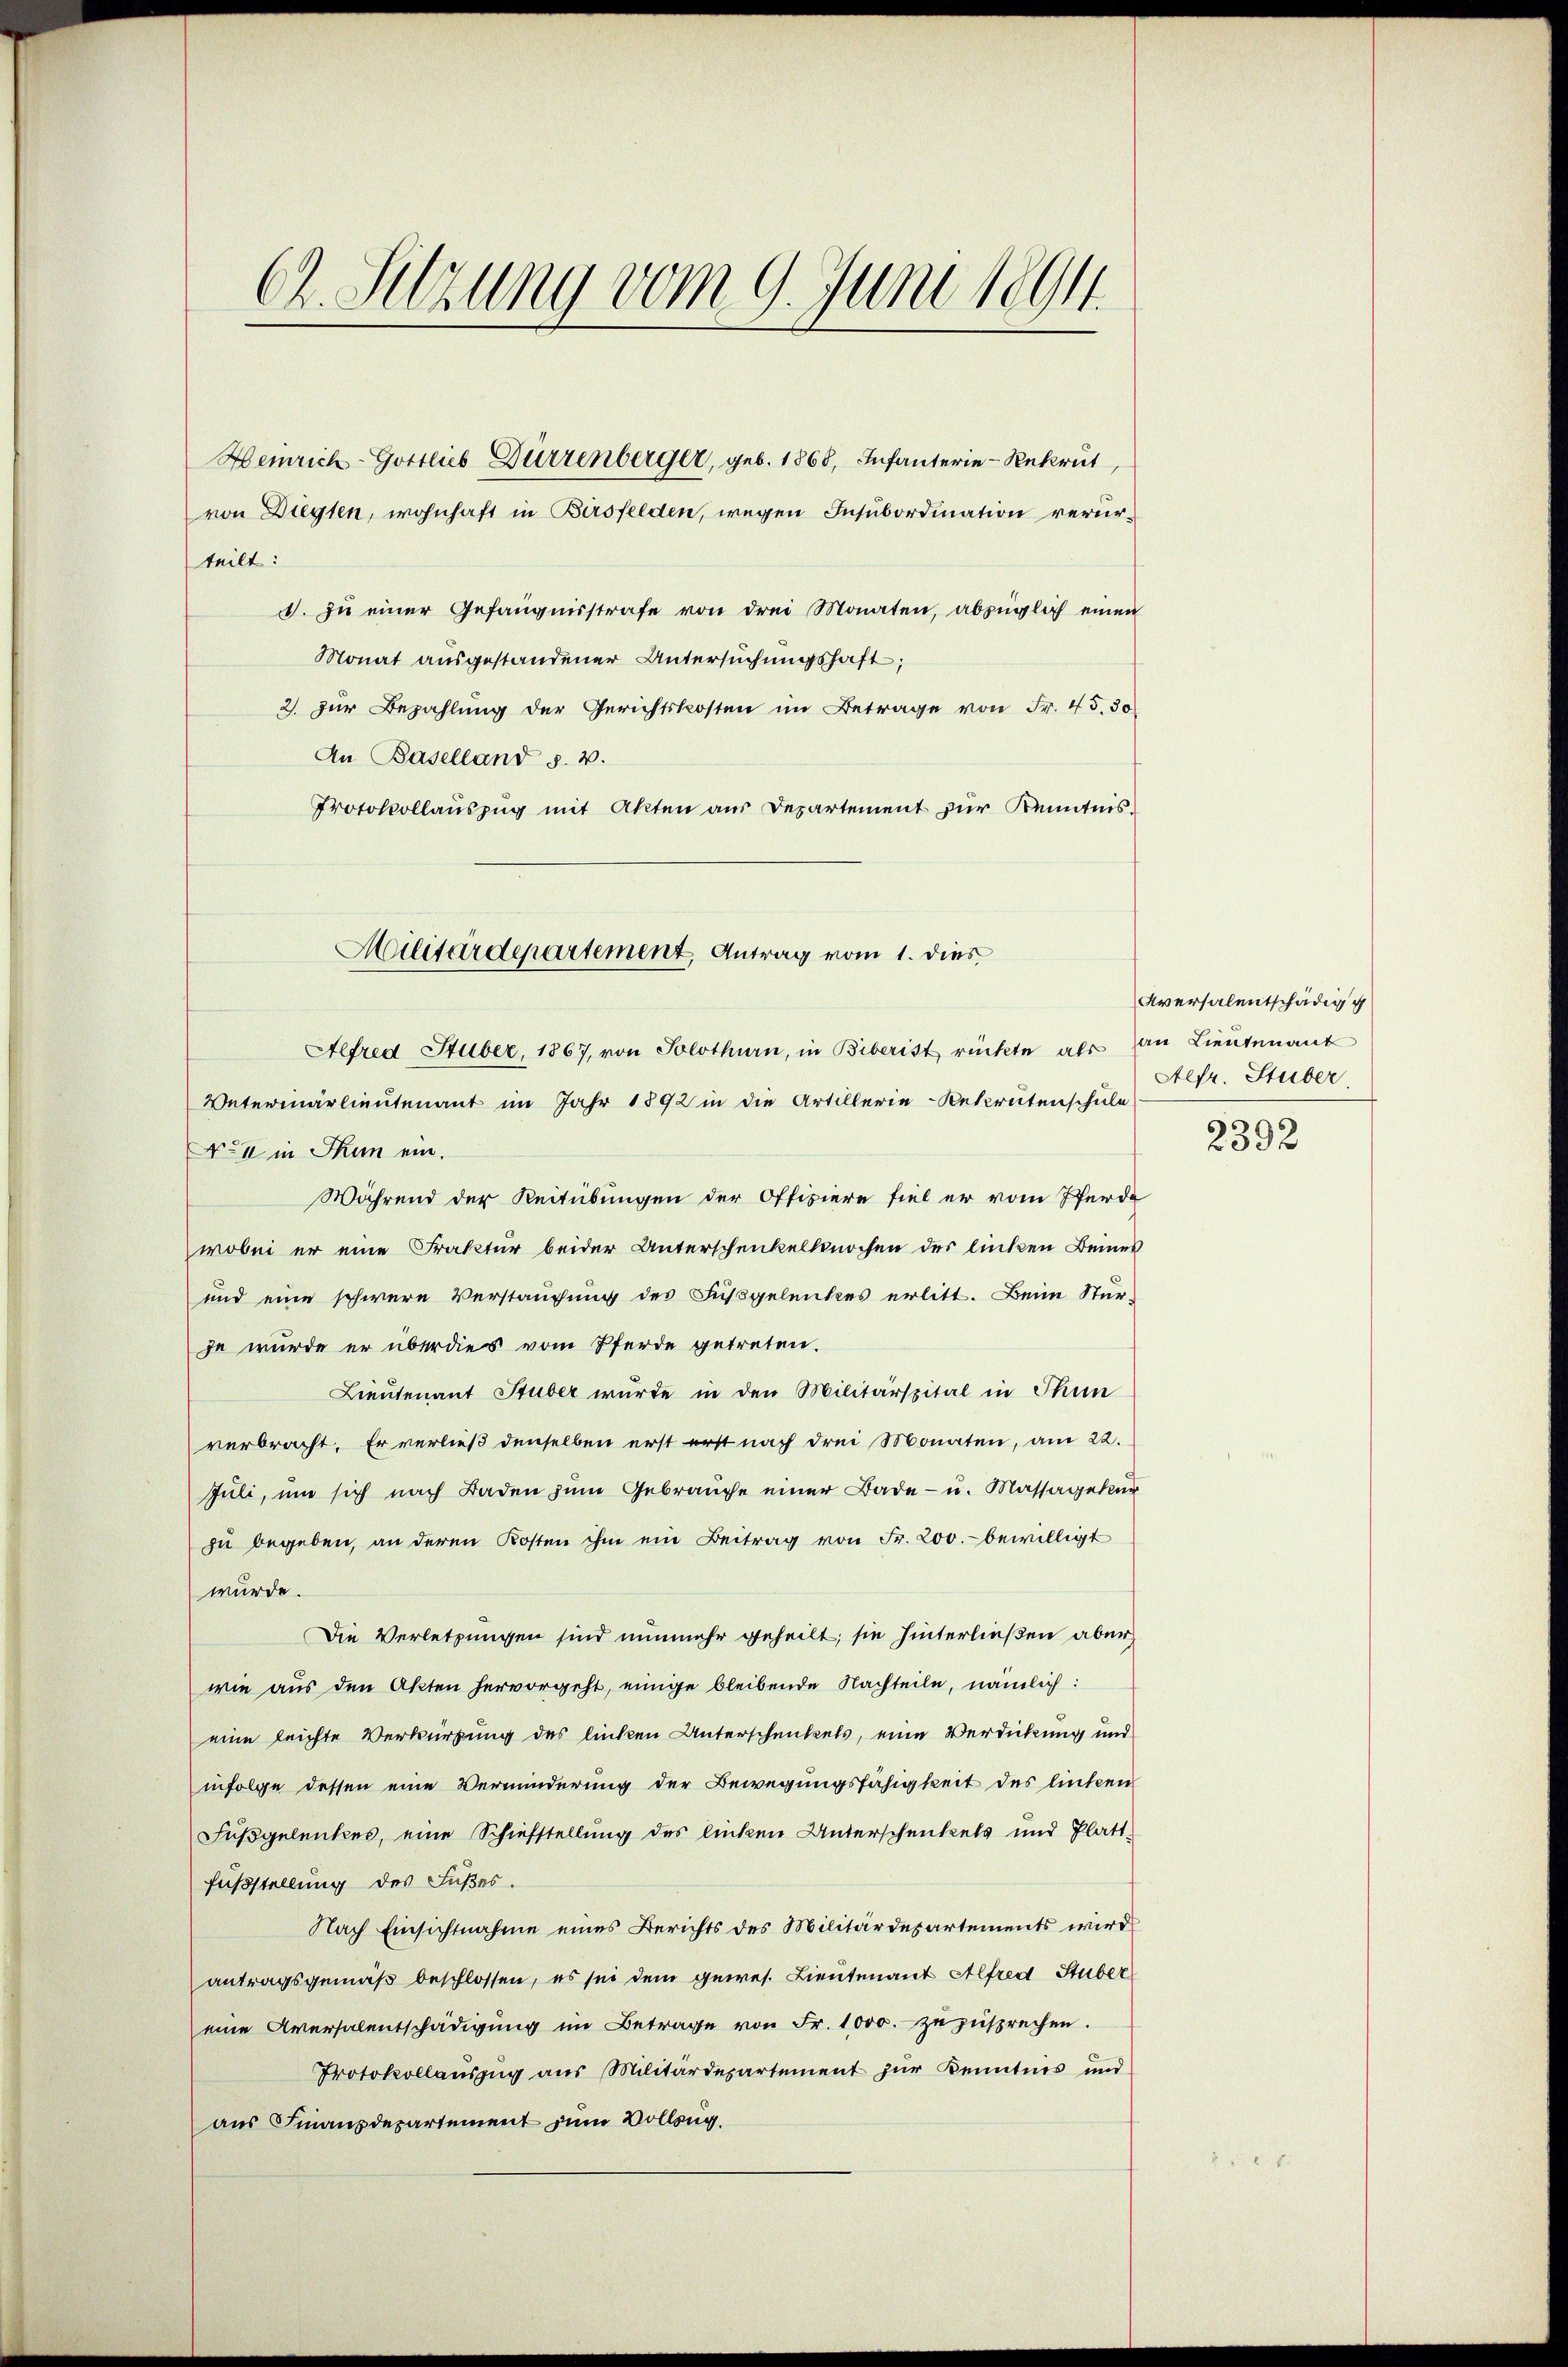
62. Sitzung vom 9. Juni 1894

von Diegten, wohnhaft in Bersfelden, wegen Insubordination verur¬
. zŭ einer Gefängnisstrafe von drei Monaten, abzüglich einen
Monat ausgestandener Untersuchungshaft;
2. Zur Bezahlung der Gerichtskosten im Betrage von Fr. 45. 30
An Baselland §. 2.
Protokollauszug mit Akten aus Departement zur Kenntnis¬
Unterinärlieutenant im Jahr 1892 in die Artillerie-Rekrutenschule
No 1 in Thun ein.
Während der Reitübungen der Offiziere fiel er vom Pferde
wobei er eine Fraktur beider Unterschenkelknochen des linken Beines
und eine schwere Verstaufung des Fußgelenkes erlitt. Beim Sturje wurde er überdies vom Pferde getreten.
Lieutenant Stuber wurde in den Militärspital in Thun
verbracht. Er verließ denselben erst erst nach drei Monaten, am 22.
Juli, um sich nach Baden zum Gebrauche einer Bade- u. Massagekur
zu begeben, an deren Kosten ihm ein Beitrag von Fr. 200.- bewilligt
würde.
Die Verletzungen sind nunmehr geheilt; sie hinterließen aber
wie aus den Akten hervorgeht, einige bleibende Nachteile, nämlich:
eine leichte Verwirkung des linken Unterschenkels, eine Verdickung und
infolge dessen eine Verminderung der Bewegungsfähigkeit des linken
Fußgelenkes, eine Schiefstellung des linken Unterschenkels und Platt-
Fußstellung des Fußes.
Nach Einsichtnahme eines Berichts des Militärdepartements wird
antragsgemäß beschlossen, es sei dem gewes. Lieutenant Alfred Stuber
eine Aversalentschädigung im Betrage von Fr. 1000. zuzusprechen.
Protokollauszug aus Militärdepartement zur Kenntnis und
aus Finanzdepartement zum Vollzug.

teilt:

Heinrich-Gottlieb Dürrenberger, geb. 1868, Infanterie-Rekrut,

Militärdepartement, Antrag vom 1. dies
Alfred Stuber, 1867, von Solothurn, in Biberist rückte als an Lieŭtenant

Aversalentschädigu
Aefr. Stuber,

2392